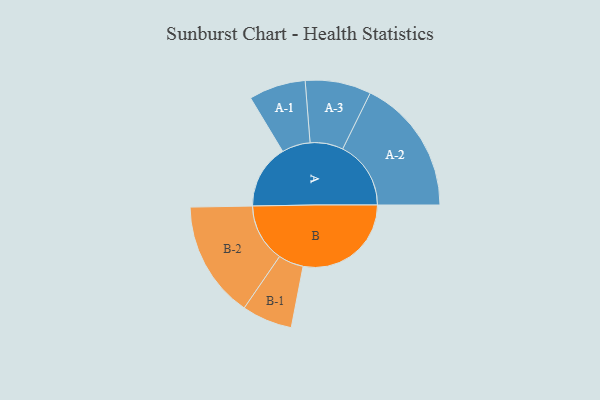
{"axis": {"x": "Segment", "y": "Value"}, "legend": ["", "A", "B"], "data": [{"x": "A", "y": 280, "type": ""}, {"x": "B", "y": 472, "type": ""}, {"x": "A-1", "y": 124, "type": "A"}, {"x": "A-2", "y": 298, "type": "A"}, {"x": "A-3", "y": 144, "type": "A"}, {"x": "B-1", "y": 110, "type": "B"}, {"x": "B-2", "y": 255, "type": "B"}]}